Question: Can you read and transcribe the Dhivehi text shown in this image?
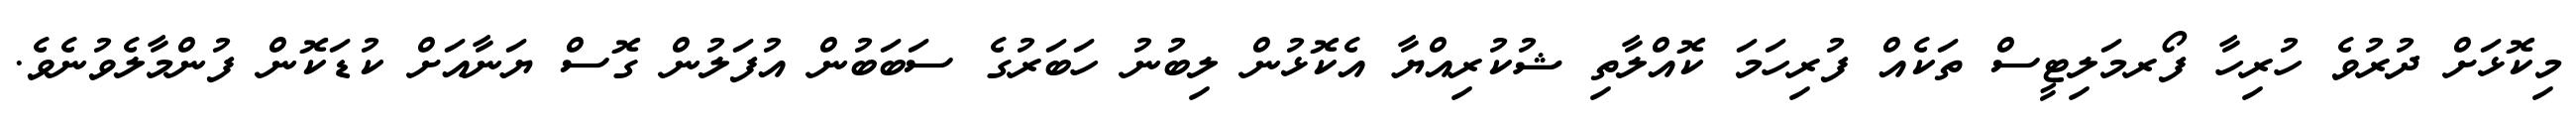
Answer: މިކޮޅަށް ދުރުވެ ހުރިހާ ފޯރމަލިޓީސް ތަކެއް ފުރިހަމަ ކޮއްލާތި ޝުކުރިއްޔާ އެކޮޅުން ލިބުނު ހަބަރުގެ ސަބަބުން އުފަލުން ގޮސް ޔަނާއަށް ކުޑަކޮން ފުންމާލެވުނެވެ.